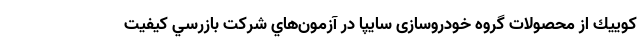
كوييك از محصولات گروه خودروسازی سايپا در آزمون‌هاي شركت بازرسي كيفيت